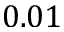
0 . 0 1